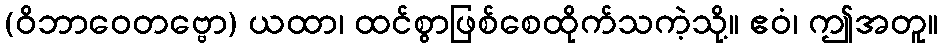
(ဝိဘာဝေတဗ္ဗော) ယထာ၊ ထင်စွာဖြစ်စေထိုက်သကဲ့သို့။ ဧဝံ၊ ဤအတူ။